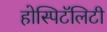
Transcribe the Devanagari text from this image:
होस्पिटॅलिटी